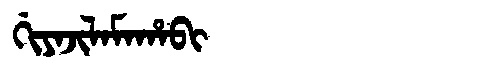
Manchu: ᡤᡳᠶᠠᠵᡳᠯᠠᠮᠠᡥᠠᠪᡳ
Romanization: GIYAJILAMAHABI